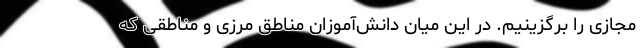
مجازی را برگزینیم. در این میان دانش‌آموزان مناطق مرزی و مناطقی که